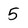
Character: 5